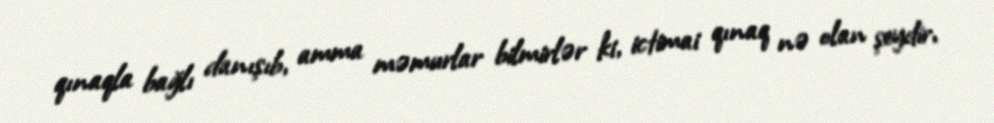
qınaqla bağlı danışıb, amma məmurlar bilmirlər ki, ictimai qınaq nə olan şeydir,